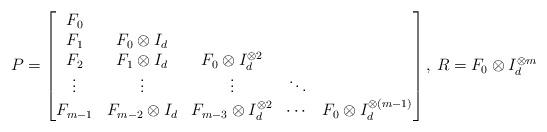
LaTeX: \begin{align*} P= \begin{bmatrix} F_0 & & & &\\ F_1 & F_0\otimes I_d & & &\\ F_2 & F_1\otimes I_d & F_0\otimes I_d^{\otimes 2} & &\\ \vdots & \vdots & \vdots & \ddots \\ F_{m-1} & F_{m-2}\otimes I_d & F_{m-3}\otimes I_d^{\otimes 2} & \cdots & F_0\otimes I_d^{\otimes (m-1)}\end{bmatrix},\, R=F_0\otimes I_d^{\otimes m}\end{align*}